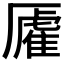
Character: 𫨡